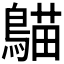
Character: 𪃞